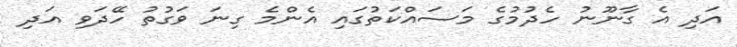
އަދި އެ ގާނޫނު ހެދުމުގެ މަސައްކަތުގައި އެންމެ ގިނަ ވަގުތު ހޭދަވި އަދި